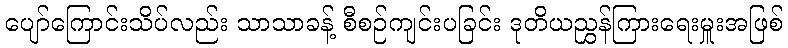
ပျော်ကြောင်းသိပ်လည်း သာသာခန့် စီစဉ်ကျင်းပခြင်း ဒုတိယညွှန်ကြားရေးမှူးအဖြစ်